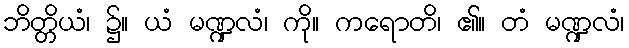
ဘိတ္တိယံ၊ ၌။ ယံ မဏ္ဍလံ၊ ကို။ ကရောတိ၊ ၏။ တံ မဏ္ဍလံ၊